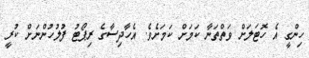
ހިންގީ އެ ހޮޓަލަށް ވަތްތަނާ ކަމަށް ކަމަށެވެ. އެހާދިސާގެ ރިޕޯޓު ފުލުހުންނަށް ކުރީ